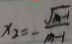
x _ { 2 } = - \frac { \sqrt { m - 1 } } { m - 1 }